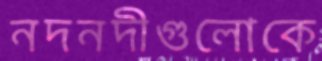
নদনদীগুলোকে